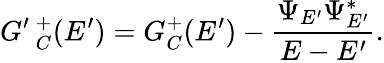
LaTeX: G^{\prime}\, _{C}^{+}(E^{\prime})=G_{C}^{+}(E^{\prime})-\frac{\Psi_{E^{\prime}}\Psi_{E^{\prime}}^{*}}{E-E^{\prime}}.